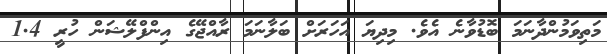
މަތިވަމުންދާނަމަ ބޮޑުވާނެ އެވެ. މިދިޔަ އަހަރަށް ބަލާނަމަ ރާއްޖޭގެ އިންފްލޭޝަން ހުރީ 1.4